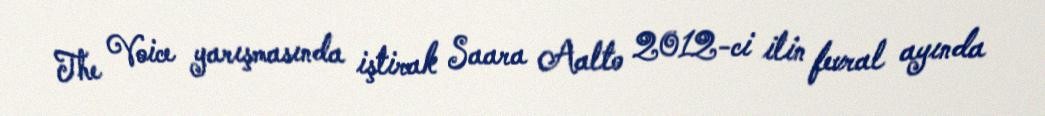
The Voice yarışmasında iştirak Saara Aalto 2012-ci ilin fevral ayında